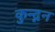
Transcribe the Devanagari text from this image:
कुन्द्नन